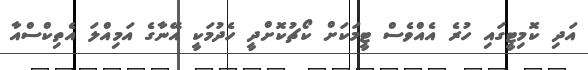
އަދި ކޮމިޓީގައި ހުރެ އެއްވެސް ޓީމަކަށް ކޯޗުކޮށްދީ ހެދުމަކީ އޭނާގެ އަމިއްލަ އެތިކްސްއާ